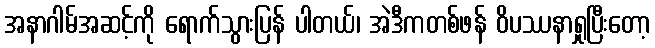
အနာဂါမ်အဆင့်ကို ရောက်သွားပြန် ပါတယ်၊ အဲဒီကတစ်ဖန် ဝိပဿနာရှုပြီးတော့